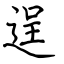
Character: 逞